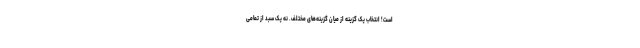
است! انتخابِ یک گزینه از میان گزینه‌های مختلف. نه یک سبد از تمامی